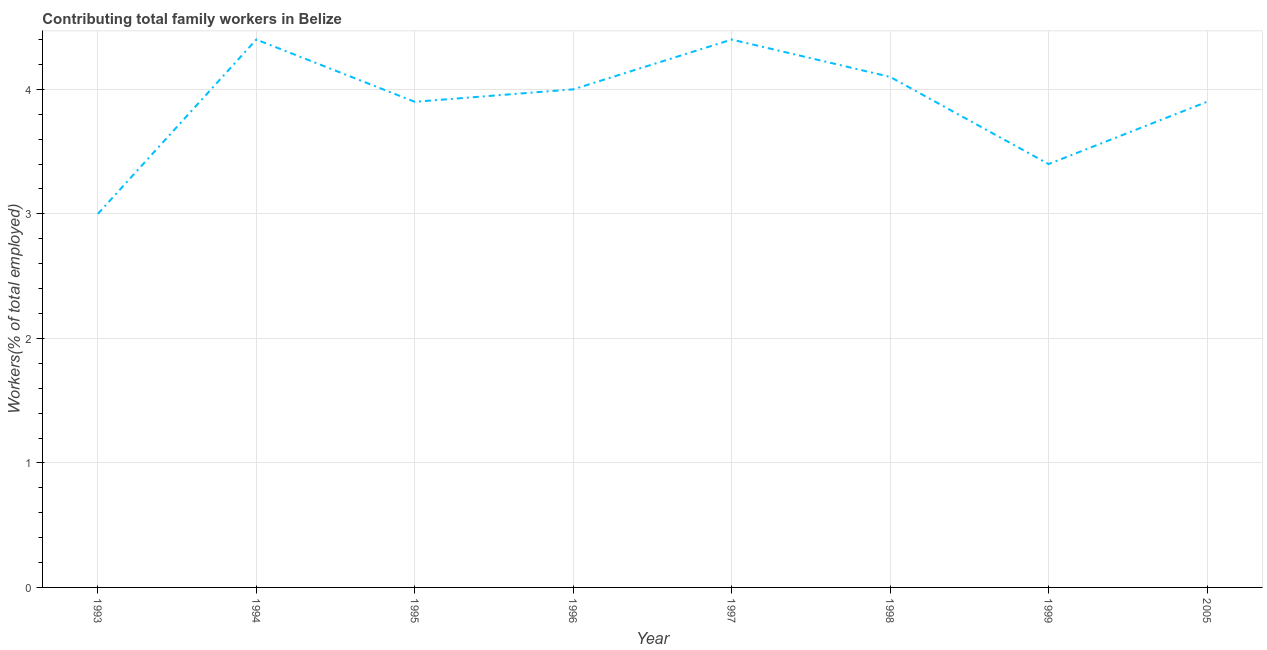
| Year | Contributing family workers |
 | --- | --- |
 | 1993 | 3 |
 | 1994 | 4.4 |
 | 1995 | 3.9 |
 | 1996 | 4 |
 | 1997 | 4.4 |
 | 1998 | 4.1 |
 | 1999 | 3.4 |
 | 2005 | 3.9 |